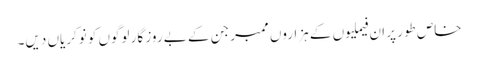
خاص طور پر ان فیملیوں کے ہزاروں ممبر جن کے بے روز گار لوگوں کو نوکریاں دیں۔